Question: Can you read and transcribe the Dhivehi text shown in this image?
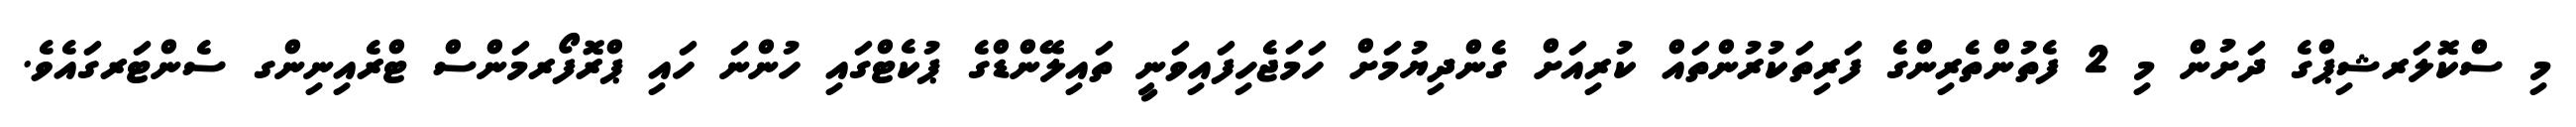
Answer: މި ސްކޮލަރޝިޕްގެ ދަށުން މި 2 ފެތުންތެރިންގެ ފަރިތަކުރުންތައް ކުރިއަށް ގެންދިޔުމަށް ހަމަޖެހިފައިވަނީ ތައިލޭންޑްގެ ޕުކެޓްގައި ހުންނަ ހައި ޕްރޮފޯރމަންސް ޓްރެއިނިންގ ސެންޓަރގައެވެ.